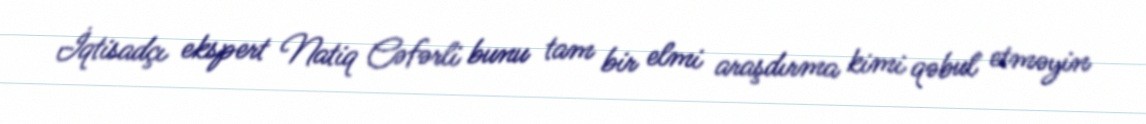
İqtisadçı ekspert Natiq Cəfərli bunu tam bir elmi araşdırma kimi qəbul etməyin